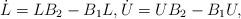
LaTeX: \begin{align*}\dot{L}=LB_2-B_1L, \dot{U}=UB_2-B_1U,\end{align*}